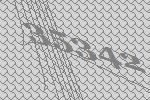
35342